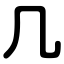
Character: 几